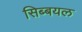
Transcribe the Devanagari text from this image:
सिब्बयल